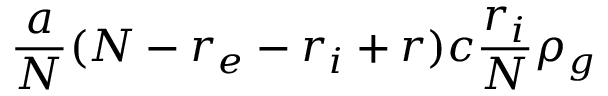
\frac { a } { N } ( N - r _ { e } - r _ { i } + r ) c \frac { r _ { i } } { N } \rho _ { g }